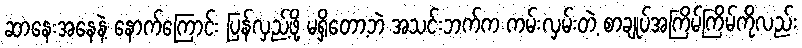
ဆာနေးအနေနဲ့ နောက်ကြောင်း ပြန်လှည့်ဖို့ မရှိတော့ဘဲ အသင်းဘက်က ကမ်းလှမ်းတဲ့ စာချုပ်အကြိမ်ကြိမ်ကိုလည်း